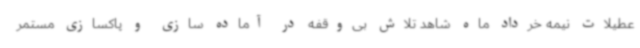
عطیلات نیمه خرداد ماه شاهد تلاش بی‌وقفه در آماده سازی و پاکسازی مستمر